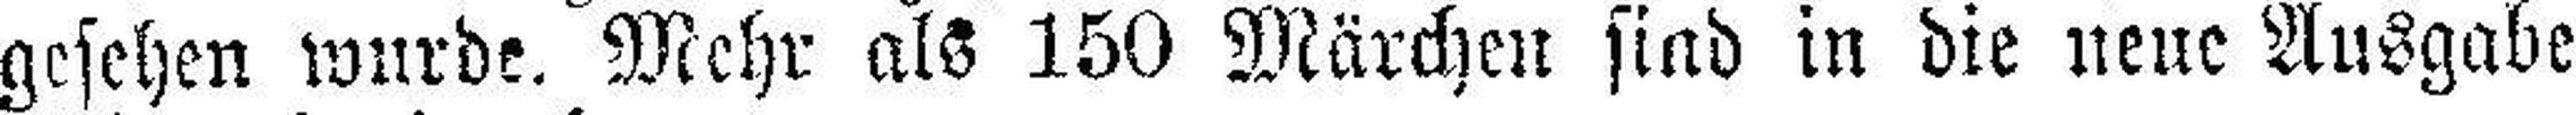
gesehen wurde. Mehr als 150 Märchen sind in die neue Ausgabe